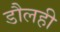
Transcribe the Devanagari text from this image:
डौलही